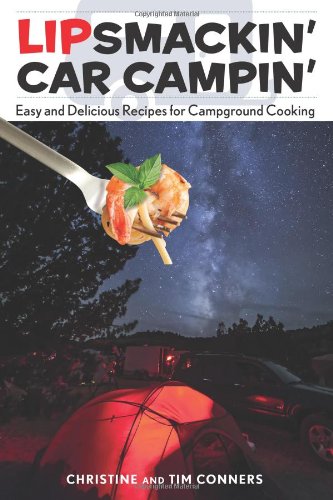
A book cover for Lipsmackin' Car Campin': Easy And Delicious Recipes For Campground Cooking; Christine Conners; Cookbooks, Food & Wine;